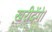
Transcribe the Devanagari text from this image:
ख़रीदेंगे।